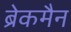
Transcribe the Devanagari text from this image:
ब्रेकमैन